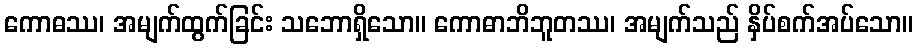
ကောဓဿ၊ အမျက်ထွက်ခြင်း သဘောရှိသော။ ကောဓာဘိဘူတဿ၊ အမျက်သည် နှိပ်စက်အပ်သော။